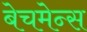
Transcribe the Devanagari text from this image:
बेचमेन्स